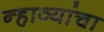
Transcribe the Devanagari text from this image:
न्हाव्यांचा